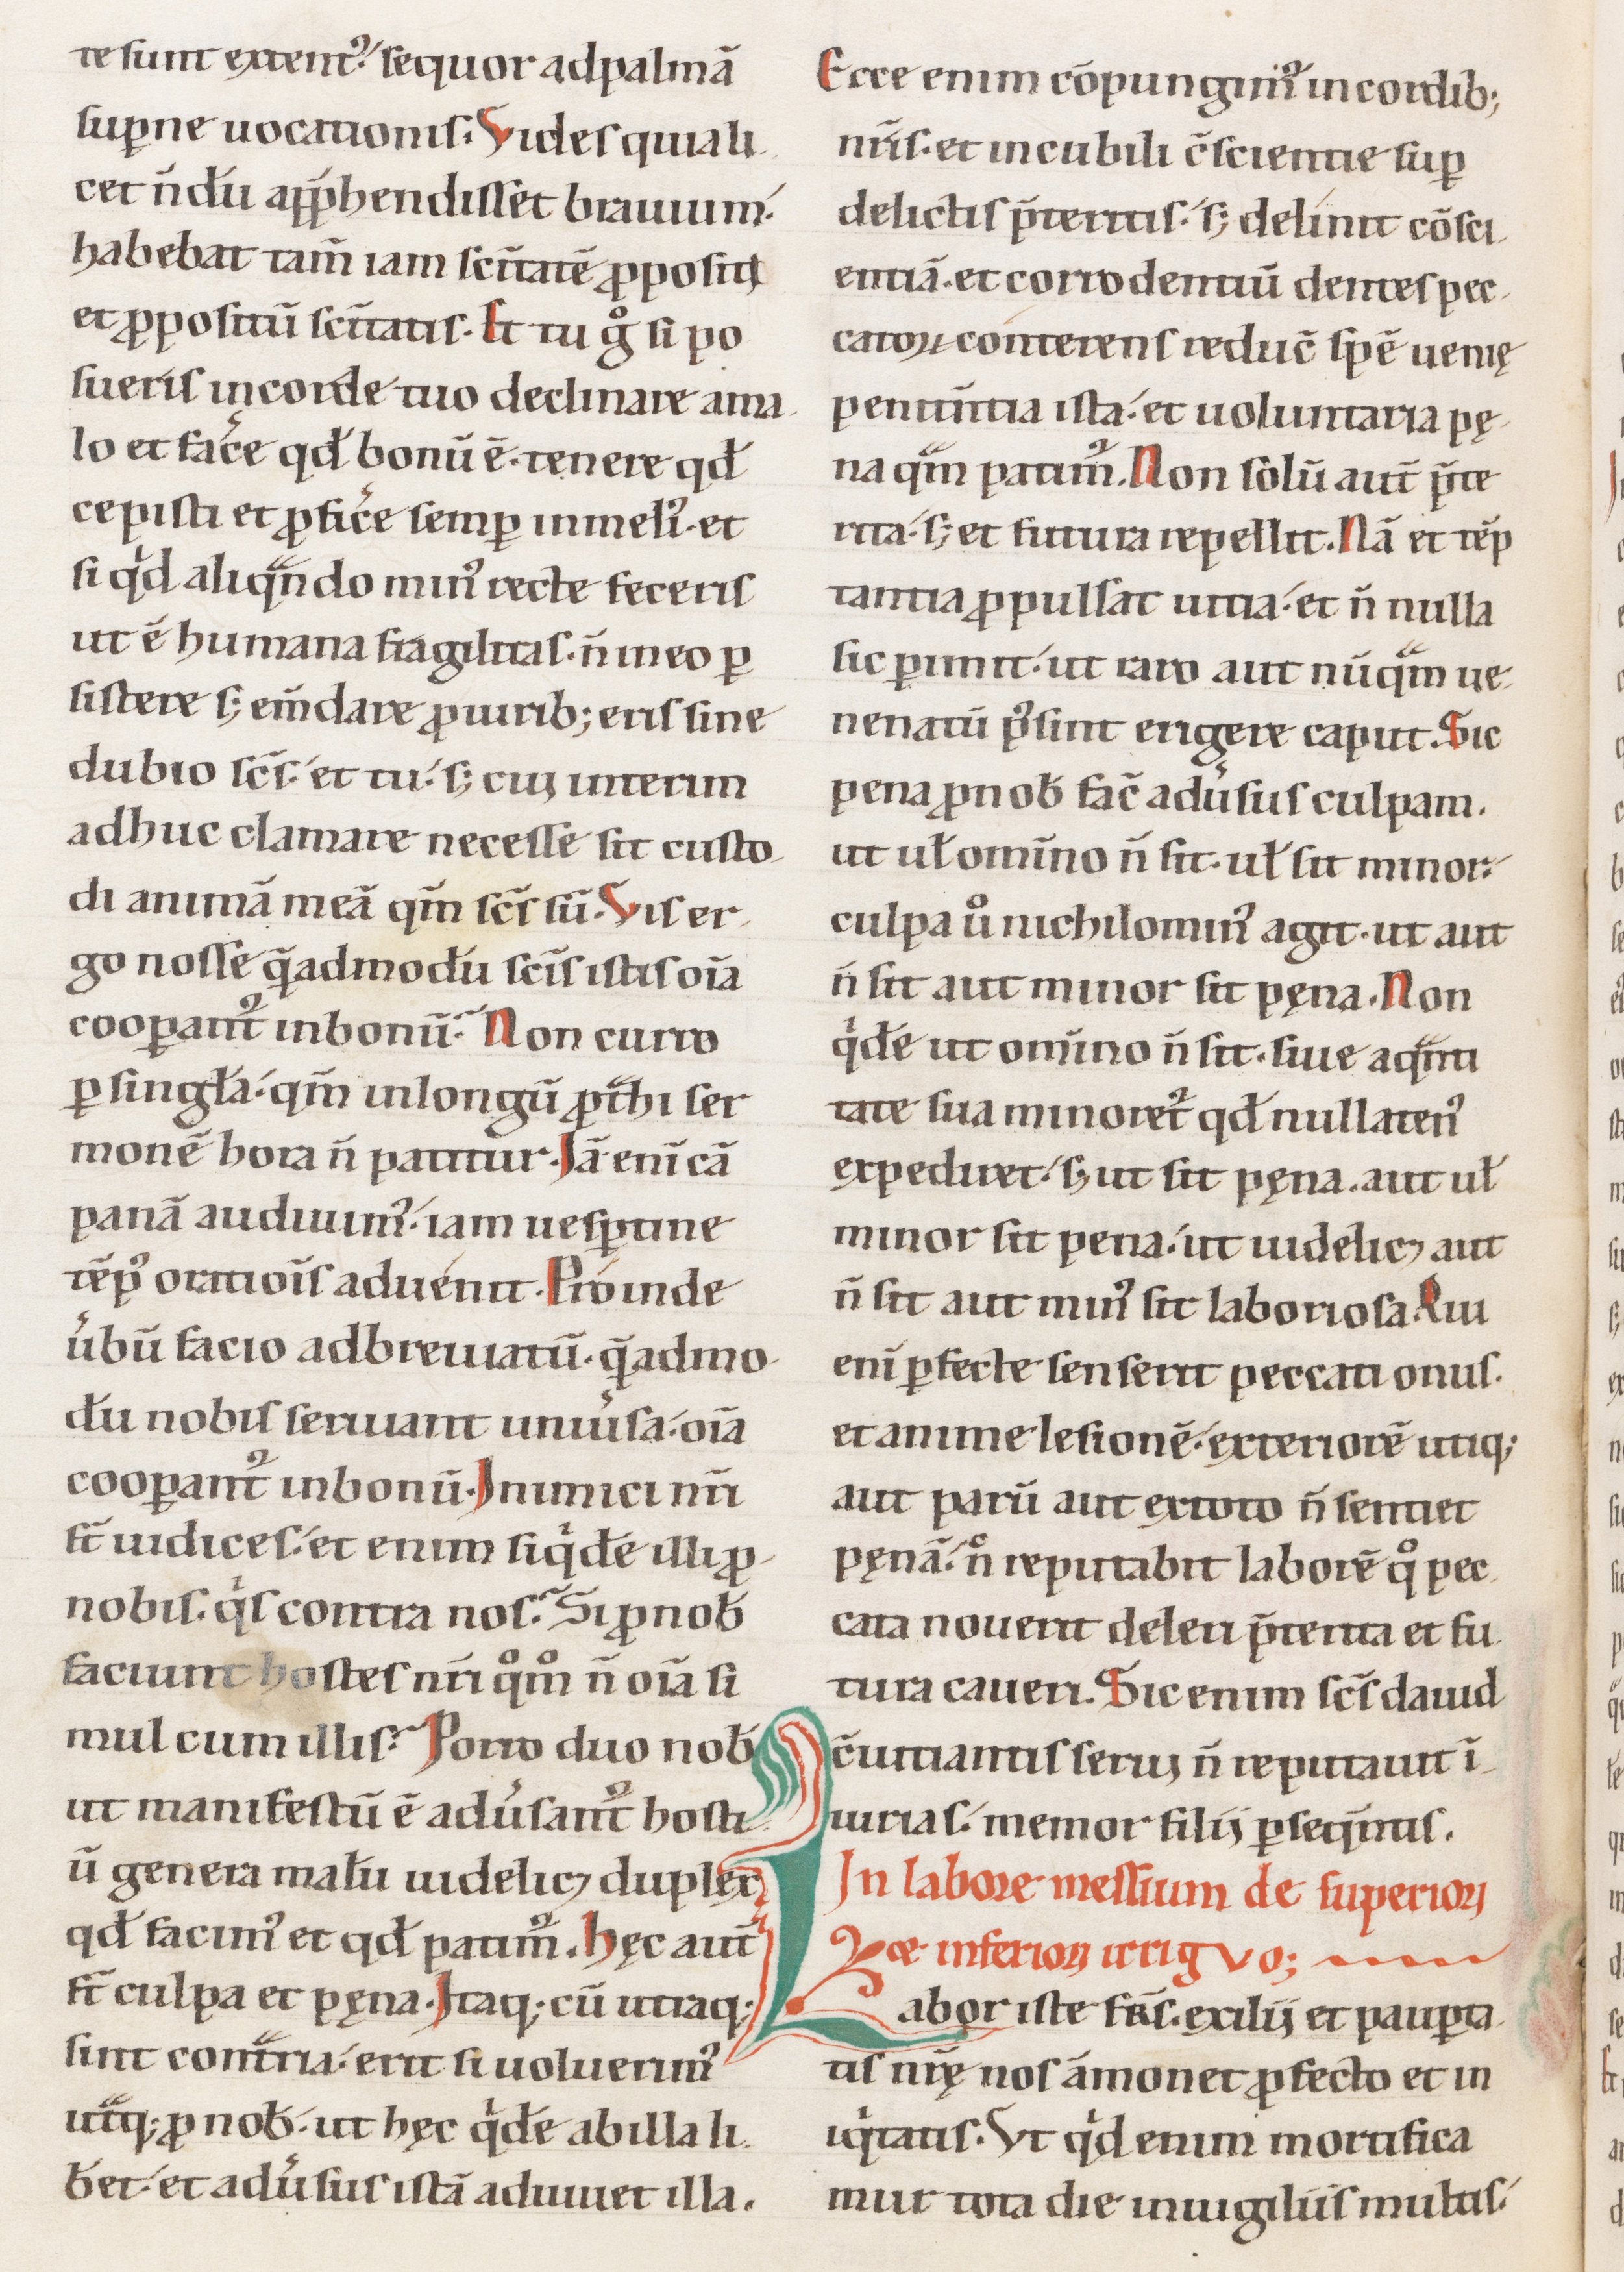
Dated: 1100–1199